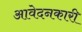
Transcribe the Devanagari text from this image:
आवेदनकारी